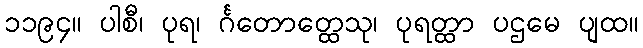
၁၁၉၄။ ပါစီ၊ ပုရ၊ င်္ဂတောတ္ထေသု၊ ပုရတ္ထာ ပဌမေ ပျထ။